[Report on the health of British troops in the Madras command]
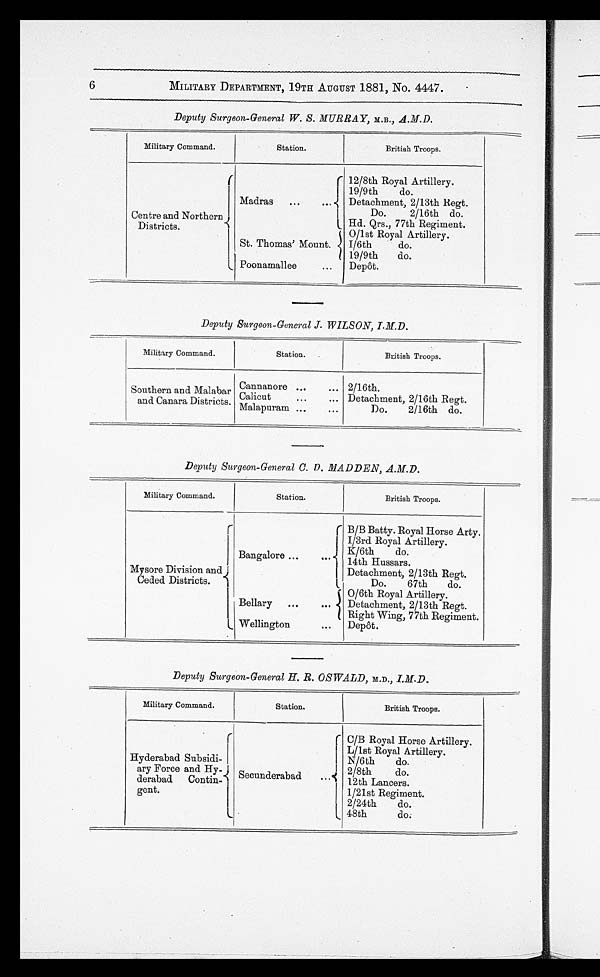
6
MILITARY DEPARTMENT, 19TH AUGUST 1881, No. 4447.
Deputy Surgeon-General W. S. MURRAY, M.B . , A.M.D.
Military Command.
Station.
British Troops.
Centre and Northern
Districts.
Madras
...
...
12/8th Royal Artillery.
19/9th
do.
Detachment, 2/13th Regt.
Do.
2/16th do.
Hd. Qrs., 77th Regiment.
St. Thomas' Mount.
0/1st Royal Artillery.
1/6th
do.
19/9th
do.
Poonamallee
... Depôt.
Deputy Surgeon-General J. WILSON, I.M.D.
Military Command.
Station.
British Troops.
Southern and Malabar
and Canara Districts.
Cannanore ...
... 2/16th.
Calicut
...
... Detachment, 2/16th Regt.
Malapuram ...
...
Do.
2/16th do.
Deputy Surgeon-General C. D. MADDEN, A.M.D.
Military Command.
Station.
British Troops.
Mysore Division and
Ceded Districts.
Bangalore ...
...
B/B Batty. Royal Horse Arty.
1/3rd Royal Artillery.
K/6th do.
14th Hussars.
Detachment, 2/13th Regt.
Do.
67th
do.
Bellary ...
...
0/6th Royal Artillery.
Detachment, 2/13th Regt.
Right Wing, 77th Regiment.
Wellington
...
Depôt.
Deputy Surgeon-General H. R. OSWALD, M.D. , I.M.D.
Military Command.
Station.
British Troops.
Hyderabad Subsidi-
ary Force and Hy-
derabad Contin-
gent .
Secunderabad ...
C/B Royal Horse Artillery.
L/1st Royal Artillery.
N/6th
do.
2/8th
do.
12th Lancers.
1/21st Regiment.
2/24th
do.
48th
do.